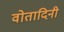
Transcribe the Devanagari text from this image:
वोतादिनी